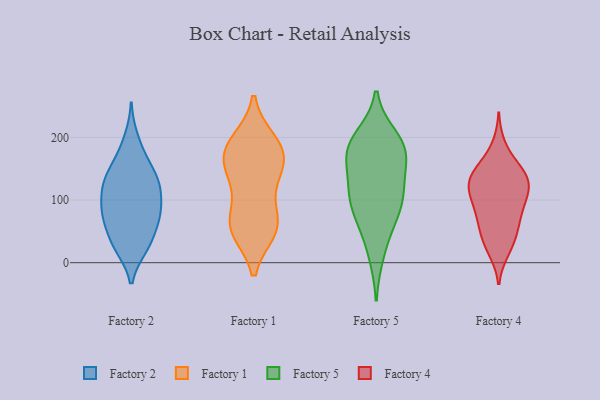
{"axis": {"x": "Revenue (USD Million)", "y": "Value"}, "legend": ["Factory 1", "Factory 2", "Factory 4", "Factory 5"], "data": [{"x": "", "y": 139, "type": "Factory 2"}, {"x": "", "y": 36, "type": "Factory 2"}, {"x": "", "y": 77, "type": "Factory 2"}, {"x": "", "y": 79, "type": "Factory 2"}, {"x": "", "y": 60, "type": "Factory 2"}, {"x": "", "y": 119, "type": "Factory 2"}, {"x": "", "y": 162, "type": "Factory 2"}, {"x": "", "y": 27, "type": "Factory 2"}, {"x": "", "y": 25, "type": "Factory 2"}, {"x": "", "y": 171, "type": "Factory 2"}, {"x": "", "y": 81, "type": "Factory 2"}, {"x": "", "y": 111, "type": "Factory 2"}, {"x": "", "y": 24, "type": "Factory 2"}, {"x": "", "y": 130, "type": "Factory 2"}, {"x": "", "y": 105, "type": "Factory 2"}, {"x": "", "y": 131, "type": "Factory 2"}, {"x": "", "y": 199, "type": "Factory 2"}, {"x": "", "y": 132, "type": "Factory 2"}, {"x": "", "y": 71, "type": "Factory 2"}, {"x": "", "y": 79, "type": "Factory 2"}, {"x": "", "y": 65, "type": "Factory 1"}, {"x": "", "y": 171, "type": "Factory 1"}, {"x": "", "y": 168, "type": "Factory 1"}, {"x": "", "y": 194, "type": "Factory 1"}, {"x": "", "y": 127, "type": "Factory 1"}, {"x": "", "y": 191, "type": "Factory 1"}, {"x": "", "y": 131, "type": "Factory 1"}, {"x": "", "y": 177, "type": "Factory 1"}, {"x": "", "y": 157, "type": "Factory 1"}, {"x": "", "y": 69, "type": "Factory 1"}, {"x": "", "y": 53, "type": "Factory 1"}, {"x": "", "y": 52, "type": "Factory 1"}, {"x": "", "y": 55, "type": "Factory 1"}, {"x": "", "y": 200, "type": "Factory 5"}, {"x": "", "y": 180, "type": "Factory 5"}, {"x": "", "y": 101, "type": "Factory 5"}, {"x": "", "y": 176, "type": "Factory 5"}, {"x": "", "y": 111, "type": "Factory 5"}, {"x": "", "y": 109, "type": "Factory 5"}, {"x": "", "y": 192, "type": "Factory 5"}, {"x": "", "y": 173, "type": "Factory 5"}, {"x": "", "y": 65, "type": "Factory 5"}, {"x": "", "y": 67, "type": "Factory 5"}, {"x": "", "y": 13, "type": "Factory 5"}, {"x": "", "y": 118, "type": "Factory 5"}, {"x": "", "y": 164, "type": "Factory 5"}, {"x": "", "y": 95, "type": "Factory 4"}, {"x": "", "y": 67, "type": "Factory 4"}, {"x": "", "y": 127, "type": "Factory 4"}, {"x": "", "y": 64, "type": "Factory 4"}, {"x": "", "y": 83, "type": "Factory 4"}, {"x": "", "y": 127, "type": "Factory 4"}, {"x": "", "y": 118, "type": "Factory 4"}, {"x": "", "y": 83, "type": "Factory 4"}, {"x": "", "y": 143, "type": "Factory 4"}, {"x": "", "y": 143, "type": "Factory 4"}, {"x": "", "y": 47, "type": "Factory 4"}, {"x": "", "y": 107, "type": "Factory 4"}, {"x": "", "y": 186, "type": "Factory 4"}, {"x": "", "y": 38, "type": "Factory 4"}, {"x": "", "y": 156, "type": "Factory 4"}, {"x": "", "y": 120, "type": "Factory 4"}, {"x": "", "y": 20, "type": "Factory 4"}, {"x": "", "y": 148, "type": "Factory 4"}, {"x": "", "y": 26, "type": "Factory 4"}, {"x": "", "y": 122, "type": "Factory 4"}]}